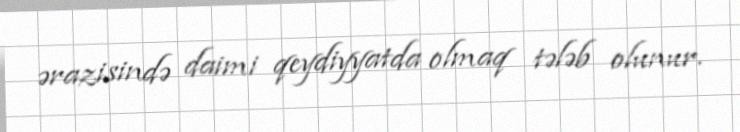
ərazisində daimi qeydiyyatda olmaq tələb olunur.